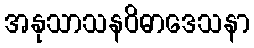
အနုသာသနဝိဓာဒေသနာ